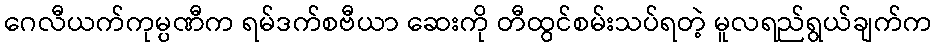
ဂေလီယက်ကုမ္ပဏီက ရမ်ဒက်စဗီယာ ဆေးကို တီထွင်စမ်းသပ်ရတဲ့ မူလရည်ရွယ်ချက်က